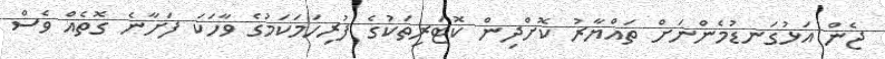
ޖެން އަޅުގަނޑުމެންނަށް ތައްޔާރު ކޮށްދިން ކޮޓަރިތަކުގެ ފުރިހަމަކަމުގެ ވާހަކަ ފަށާނެ ގޮތެއް ވެސް